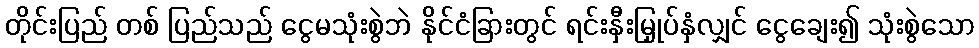
တိုင်းပြည် တစ် ပြည်သည် ငွေမသုံးစွဲဘဲ နိုင်ငံခြားတွင် ရင်းနှီးမြှုပ်နှံလျှင် ငွေချေး၍ သုံးစွဲသော